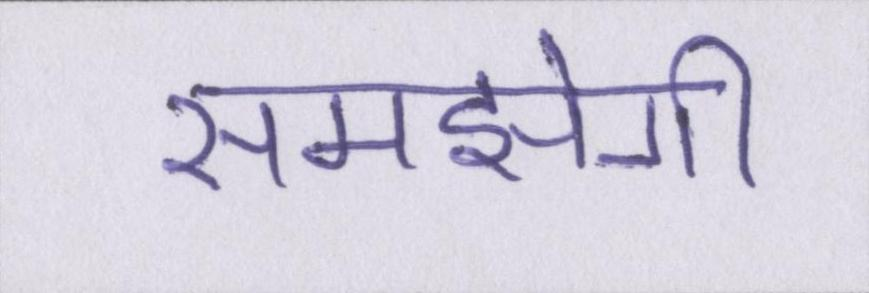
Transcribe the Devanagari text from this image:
समझेगी